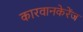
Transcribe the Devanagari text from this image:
कारवानकेरेंज